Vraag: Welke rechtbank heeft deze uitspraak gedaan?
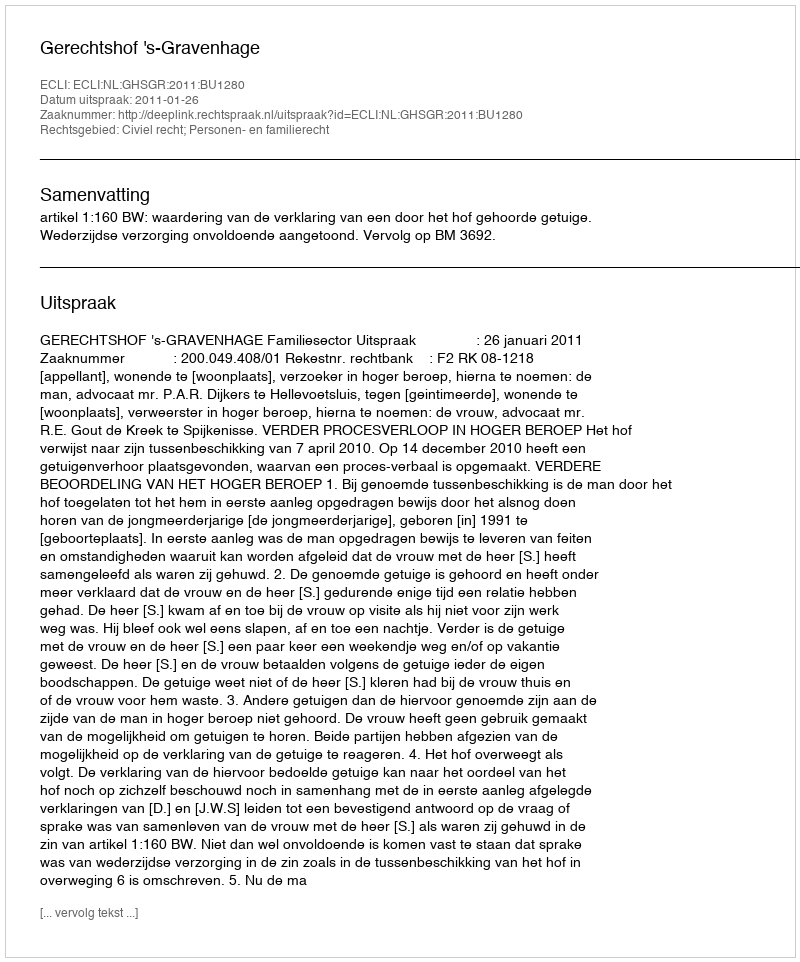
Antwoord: Gerechtshof 's-Gravenhage